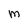
Character: M